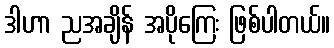
ဒါဟာ ညအချိန် အပိုကြေး ဖြစ်ပါတယ်။